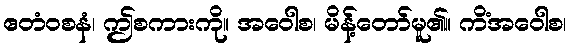
ဧတံဝစနံ၊ ဤစကားကို။ အဝေါစ၊ မိန့်တော်မူ၏။ ကိံအဝေါစ၊